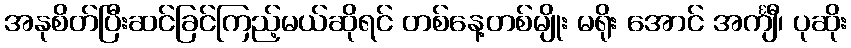
အနုစိတ်ပြီးဆင်ခြင်ကြည့်မယ်ဆိုရင် တစ်နေ့တစ်မျိုး မရိုး အောင် အင်္ကျီ၊ ပုဆိုး